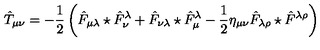
\hat { T } _ { \mu \nu } = - \frac { 1 } { 2 } \left( \hat { F } _ { \mu \lambda } \star \hat { F } _ { \nu } ^ { \lambda } + \hat { F } _ { \nu \lambda } \star \hat { F } _ { \mu } ^ { \lambda } - \frac { 1 } { 2 } \eta _ { \mu \nu } \hat { F } _ { \lambda \rho } \star \hat { F } ^ { \lambda \rho } \right)